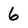
Character: 6